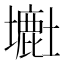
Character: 𡒲